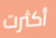
أكثرت